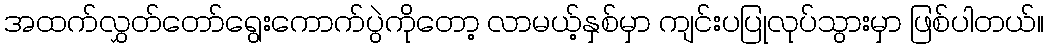
အထက်လွှတ်တော်ရွေးကောက်ပွဲကိုတော့ လာမယ့်နှစ်မှာ ကျင်းပပြုလုပ်သွားမှာ ဖြစ်ပါတယ်။